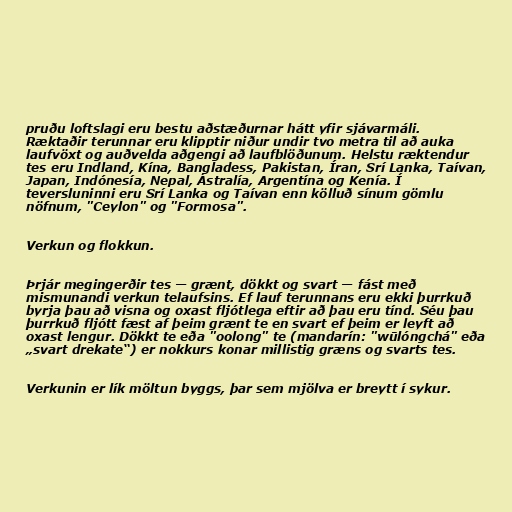
pruðu loftslagi eru bestu aðstæðurnar hátt yfir sjávarmáli.
Ræktaðir terunnar eru klipptir niður undir tvo metra til að auka
laufvöxt og auðvelda aðgengi að laufblöðunum. Helstu ræktendur
tes eru Indland, Kína, Bangladess, Pakistan, Íran, Srí Lanka, Taívan,
Japan, Indónesía, Nepal, Ástralía, Argentína og Kenía. Í
teversluninni eru Srí Lanka og Taívan enn kölluð sínum gömlu
nöfnum, "Ceylon" og "Formosa".

Verkun og flokkun.

Þrjár megingerðir tes — grænt, dökkt og svart — fást með
mismunandi verkun telaufsins. Ef lauf terunnans eru ekki þurrkuð
byrja þau að visna og oxast fljótlega eftir að þau eru tínd. Séu þau
þurrkuð fljótt fæst af þeim grænt te en svart ef þeim er leyft að
oxast lengur. Dökkt te eða "oolong" te (mandarín: "wūlóngchá" eða
„svart drekate“) er nokkurs konar millistig græns og svarts tes.

Verkunin er lík möltun byggs, þar sem mjölva er breytt í sykur.